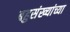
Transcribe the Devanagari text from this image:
बहुसंख्यांच्या